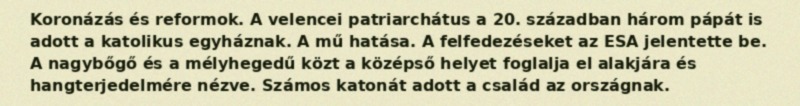
Koronázás és reformok. A velencei patriarchátus a 20. században három pápát is adott a katolikus egyháznak. A mű hatása. A felfedezéseket az ESA jelentette be. A nagybőgő és a mélyhegedű közt a középső helyet foglalja el alakjára és hangterjedelmére nézve. Számos katonát adott a család az országnak.